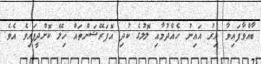
ބާއްވާފައިވާ އިރު އައިނު ހެއްދުމާއި ލޮލުގެ ކުދި އޮޕަރޭޝަންތައް ހިލޭ ކޮށްދީފައިވެ އެވެ.